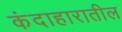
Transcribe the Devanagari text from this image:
कंदाहारातील